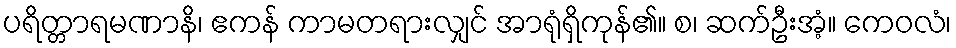
ပရိတ္တာရမဏာနိ၊ ဧကန် ကာမတရားလျှင် အာရုံရှိကုန်၏။ စ၊ ဆက်ဦးအံ့။ ကေဝလံ၊